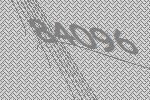
84096